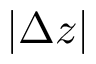
| \Delta z |